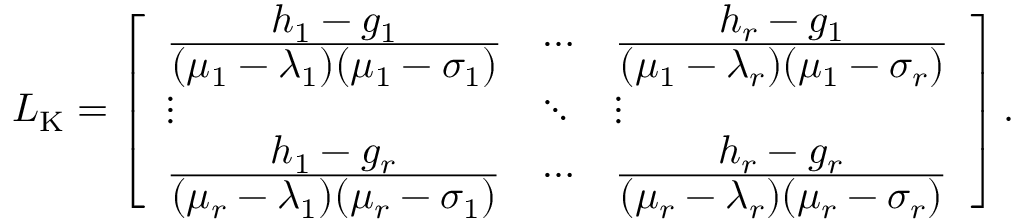
\ensuremath { \boldsymbol { L } } _ { \mathrm { K } } = \left[ \begin{array} { l l l } { \frac { \displaystyle h _ { 1 } - g _ { 1 } } { \displaystyle ( \mu _ { 1 } - \lambda _ { 1 } ) ( \mu _ { 1 } - \sigma _ { 1 } ) } } & { \cdots } & { \frac { \displaystyle h _ { r } - g _ { 1 } } { \displaystyle ( \mu _ { 1 } - \lambda _ { r } ) ( \mu _ { 1 } - \sigma _ { r } ) } } \\ { \vdots } & { \ddots } & { \vdots } \\ { \frac { \displaystyle h _ { 1 } - g _ { r } } { \displaystyle ( \mu _ { r } - \lambda _ { 1 } ) ( \mu _ { r } - \sigma _ { 1 } ) } } & { \cdots } & { \frac { \displaystyle h _ { r } - g _ { r } } { \displaystyle ( \mu _ { r } - \lambda _ { r } ) ( \mu _ { r } - \sigma _ { r } ) } } \end{array} \right] .